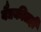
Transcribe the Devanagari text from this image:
वैद्यकीतही